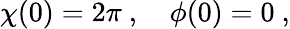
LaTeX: \chi(0)=2\pi\ ,\quad\phi(0)=0\ ,